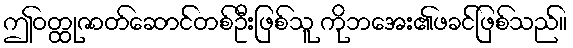
ဤဝတ္ထုဇာတ်ဆောင်တစ်ဦးဖြစ်သူ ကိုဘအေး၏ဖခင်ဖြစ်သည်။